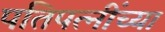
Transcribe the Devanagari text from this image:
पतिपत्‍नींच्या